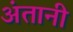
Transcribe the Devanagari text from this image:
अंतानी